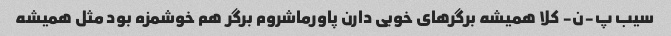
سیب پ-ن- کلا همیشه برگرهای خوبی دارن پاورماشروم برگر هم خوشمزه بود‌ مثل همیشه